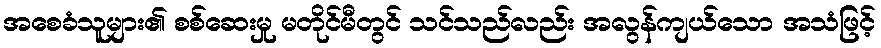
အစေခံသူများ၏ စစ်ဆေးမှု မတိုင်မီတွင် သင်သည်လည်း အလွန်ကျယ်သော အသံဖြင့်